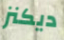
ديكنز